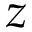
z